Vaccination returns of the Province of Eastern Bengal and Assam - 1905-1912
Year: 1905
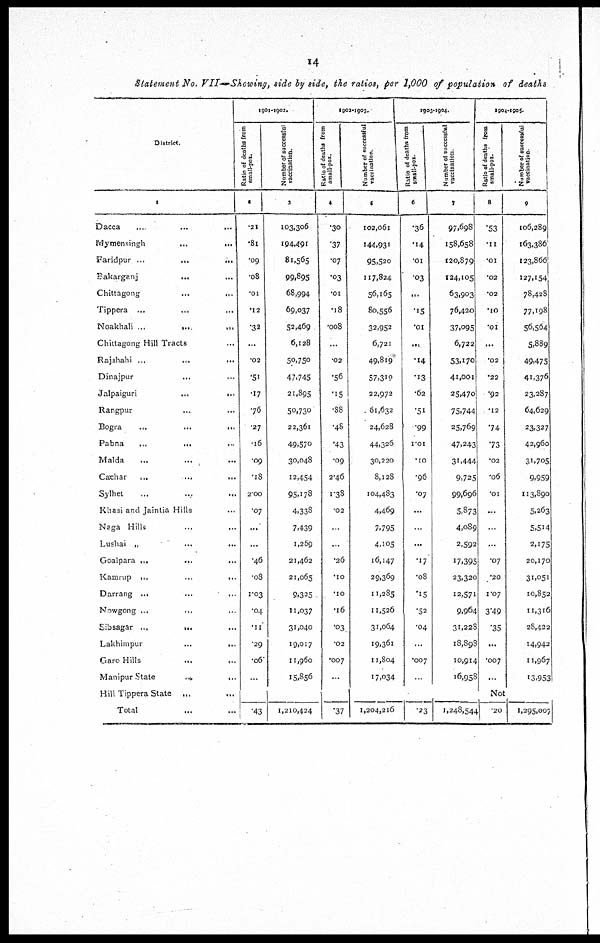
14
Statement No. VII—Showing, side by side, the ratios, per 1,000 of population of deaths
District.
1
Dacca...
...
...
Mymensingh...
...
...
Faridpur...
...
Bakarganj... ...
Chittagong...
Tippera...
...
Noakhali ... ...
Chittagong Hill Tracts...
Rajshahi...
...
Dinajpur...
...
Jalpaiguri...
Rangpur... ...
Bogra...
...
Pabna...
...
Malda... ...
Cachar...
...
Sylhet...
Khasi and Jaintia Hills...
Naga Hills... ...
Lushai „
...
...
Goalpara ...
Kamrup...
...
Darrang ...
Nowgong ...
...
Sibsagar...
...
Lakhimpur...
...
Garo Hills...
Manipur
State...
...
Hill Tippera
State...
Total
1901-1902.
Ratio of deaths from
small-pox.
2
.21
.81
.09
.08
.01
.12
.32
...
.02
.51
.17
.76
.27
.16
.09
.18
2.00
.07
...
...
.46
.08
1.03
.04
.11
.29
.06*
...
.43
Number of successful
vaccination.
3
103,306
194,491
81,565
99,895
68,994
69,037
52,469
6,128
50,750
47,745
21,895
50,730
22,361
49,570
30,048
12,454
95,178
4,338
7,439
1,269
21,462
21,065
9,325
11,037
31,040
19,017
11,960
15,856
1,210,424
1902-1903.
Ratio of deaths from
small-pox.
4
.30
.37
.07
.03
.01
.18
.008
...
.02
.56
.15
.88
.48
.43
.09
2.46
1.38
.02
...
...
.26
.10
.10
.16
.03
.02
.007
...
.37
Number of successful
vaccination.
5
102,061
144,931
95,520
117,824
56,165
80,556
32,952
6,721
49,819
57,319
22,972
61,632
24,628
44,326
30,220
8,128
104,483
4,469
7,795
4,105
16,147
29,369
11,285
11,526
31,064
19,361
11,804
17,034
1,204,216
1903-1904.
Ratio of deaths from
small-pox.
6
.36
.14
.01
.03
...
.15
.01
...
.14
.13
.62
.51
.99
1.01
.10
.96
.07
...
...
...
.17
.08
.15
.52
.04
...
.007
...
.23
Number of successful
vaccination.
7
97,698
158,658
120,879
124,105
63,903
76,420
37,095
6,722
53,170
41,001
25,470
75,744
25,769
47,243
31,444
9,725
99,696
5,873
4,089
2,592
17,395
23,320
12,571
9,964
31,228
18,898
10,914
16,958
1,248,544
1904-1905.
Ratio of deaths from
small-pox.
8
.53
.11
.01
.02
.02
.10
.01
...
.02
.22
.92
.12
.74
.73
.02
.06
.01
...
...
...
.07
.20
1.07
3.49
.35
...
.007
...
Number of successful
vaccination.
9
106,289
163,386
123,866
127,154
78,428
77,198
56,564
5,889
49,475
41,376
23,287
64,629
23,327
42,960
31,705
9,959
113,890
5,263
5,514
2,175
20,170
31,051
10,852
11,316
28,422
14,942
11,967
13,953
Not
.20
1,295,007